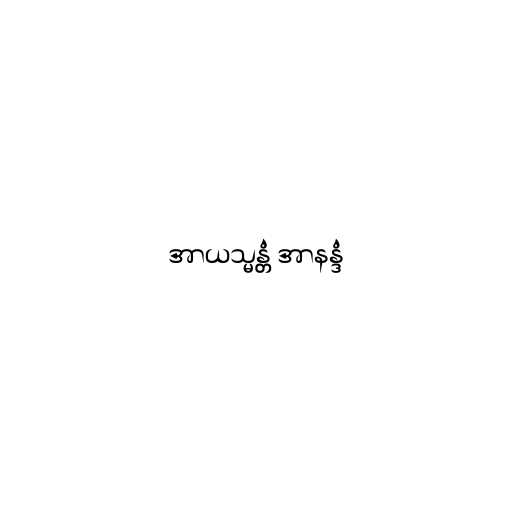
အာယသ္မန္တံ အာနန္ဒံ